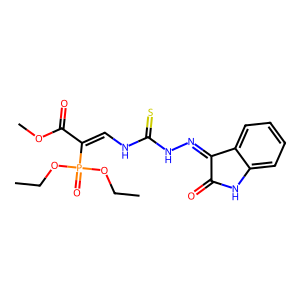
SMILES: CCOP(=O)(OCC)C(=CNC(=S)NN=C1C(=O)Nc2ccccc21)C(=O)OC
Inhibits HIV replication: No